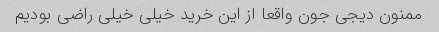
ممنون دیجی جون واقعا از این خرید خیلی خیلی راضی بودیم